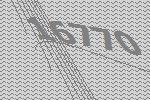
16770